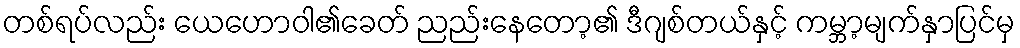
တစ်ရပ်လည်း ယေဟောဝါ၏ခေတ် ညည်းနေတော့၏ ဒီဂျစ်တယ်နှင့် ကမ္ဘာ့မျက်နှာပြင်မှ